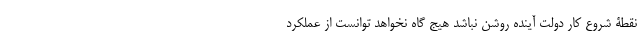
نقطۀ شروع کار دولت آینده روشن نباشد هیج گاه نخواهد توانست از عملکرد